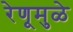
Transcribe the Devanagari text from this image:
रेणूमुळे